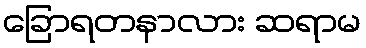
ခြောရတနာလား ဆရာမ